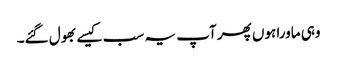
وہی ماورا ہوں پھر آپ یہ سب کیسے بھول گئے۔